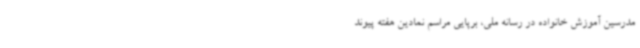
مدرسین آموزش خانواده در رسانه ملی، برپایی مراسم نمادین هفته پیوند